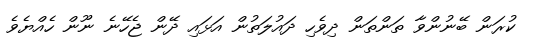
ކުރަން ބޭނުންވާ ތަންތަން ދިވެހި ދައުލަތުން އަޅައި ދޭން ޖެހޭނެ ނޫން ހެއްޔެވެ